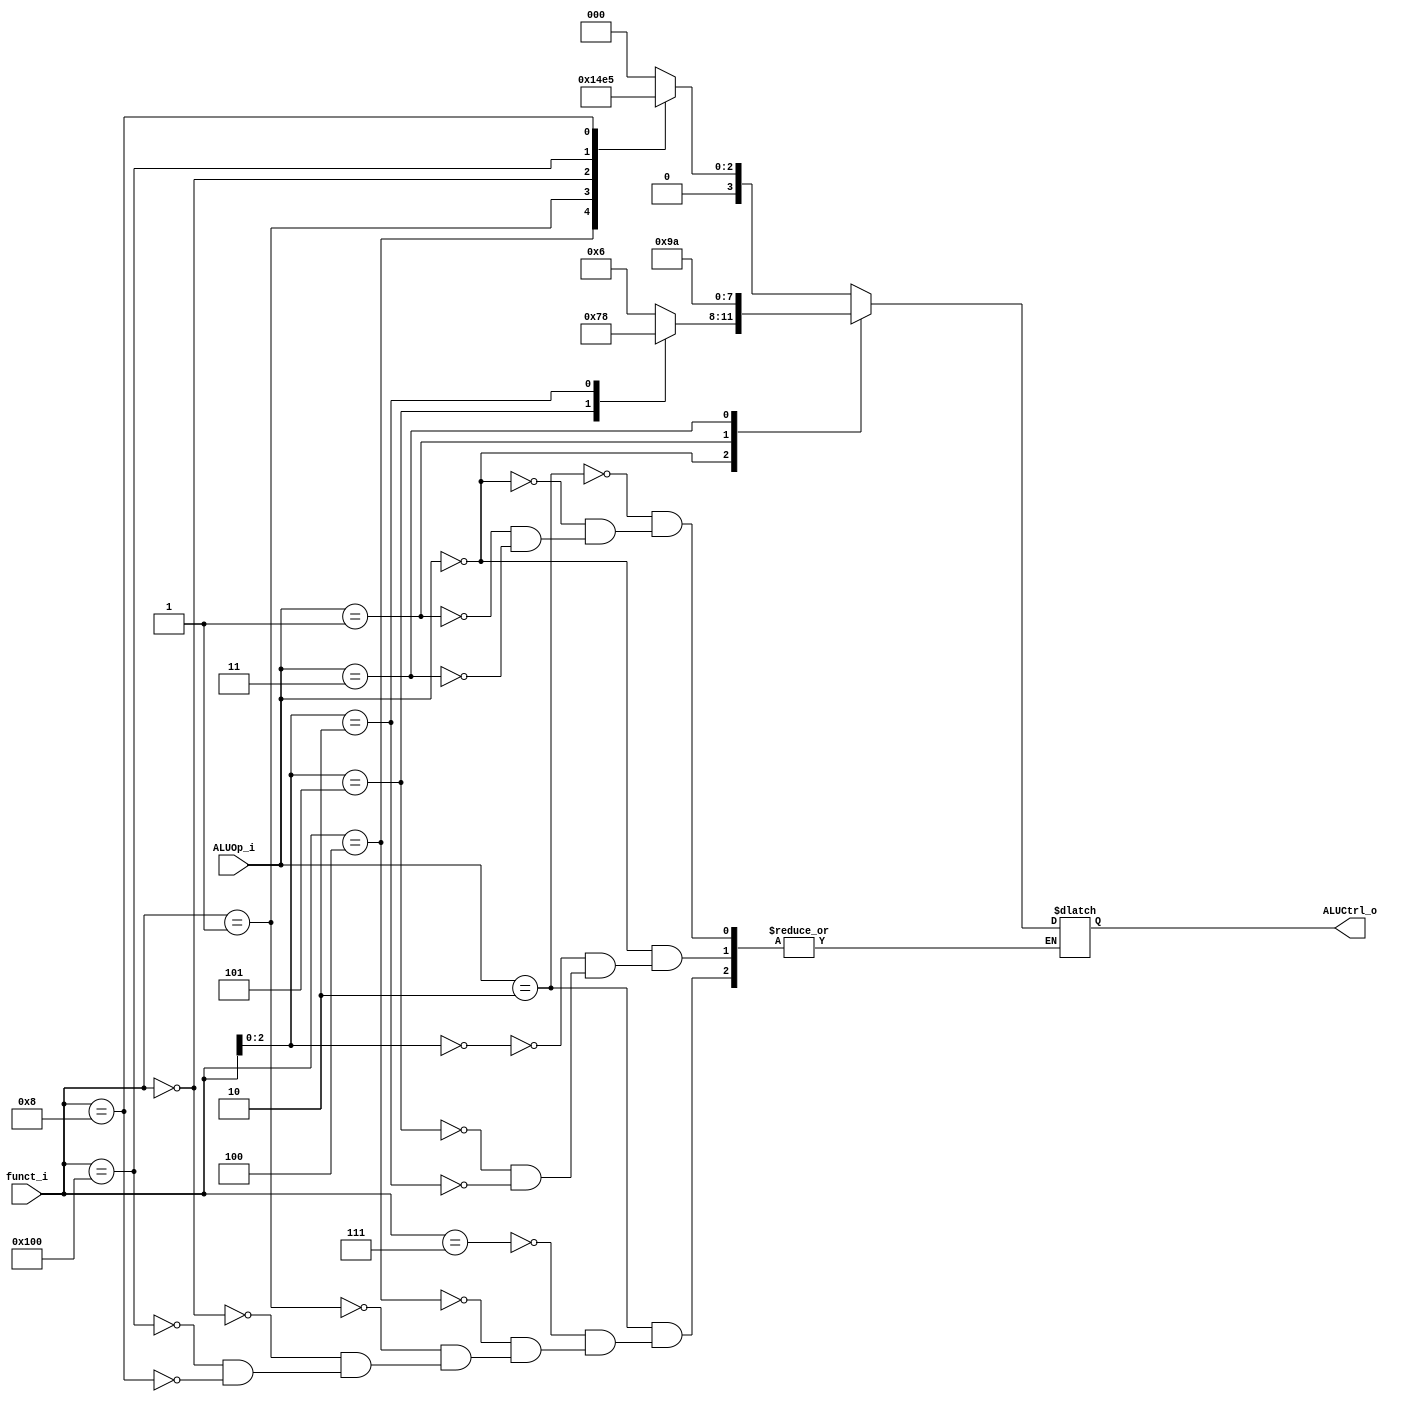
`define R_Type 2'b10
`define I_Type 2'b00
`define S_Type 2'b01
`define SB_Type 2'b11
`define AND		4'b0000
`define XOR		4'b0001
`define SLL		4'b0010
`define ADD 	4'b0011
`define SUB		4'b0100
`define MUL 	4'b0101
`define ADDI 	4'b0110
`define SRAI 	4'b0111
`define LW		4'b1000
`define SW		4'b1001
`define BEQ		4'b1010

module ALU_Control(
    funct_i,	
    ALUOp_i,	
    ALUCtrl_o 	
);

// Ports
input 	[9:0] 		funct_i;
input 	[1:0] 		ALUOp_i;
output 	[3:0] 		ALUCtrl_o;

reg 	[3:0] 		ALUCtrl_o;

always @(ALUOp_i or funct_i) begin
	case(ALUOp_i) 
		// AND XOR SLL ADD SUB MUL 
		`R_Type: begin
			case(funct_i)
				10'b0000000111	: ALUCtrl_o <= `AND;
				10'b0000000100	: ALUCtrl_o <= `XOR;
				10'b0000000001	: ALUCtrl_o <= `SLL;
				10'b0000000000	: ALUCtrl_o <= `ADD;
				10'b0100000000	: ALUCtrl_o <= `SUB;
				10'b0000001000 	: ALUCtrl_o <= `MUL;
			endcase
		end

		// ADDI SRAI LW
		`I_Type: begin
			case(funct_i[2:0])
				3'b000:	ALUCtrl_o <= `ADDI;
				3'b101: ALUCtrl_o <= `SRAI;
				3'b010: ALUCtrl_o <= `LW;
			endcase
		end

		// SW
		`S_Type: begin
			ALUCtrl_o <= `SW;
		end

		// BEQ
		`SB_Type: begin
			ALUCtrl_o <= `BEQ;
		end
	endcase
end

endmodule